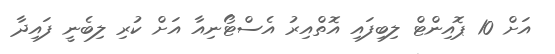
އަށް 10 ޕޮއިންޓް ލިބިފައި އޮތްއިރު އެސްޓޯނިއާ އަށް ކުރި ލިބެނީ ފައިދާ